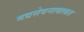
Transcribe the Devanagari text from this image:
मद्यसेवनाबाबत